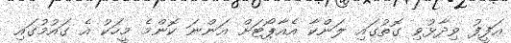
އަފީފު ވިދާޅުވި ގޮތުގައި ލަންކާ އެއާޕޯޓަށް އަންނަ ކޮންމެ މީހަކު އެ ގައުމުގައި